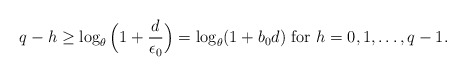
\begin{align*} q-h\ge \log_{\theta}\Big(1+\frac{d}{\epsilon_0}\Big)=\log_{\theta}(1+b_0d)~{\rm for}~h=0,1,\dots,q-1. \end{align*}